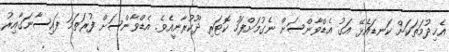
އެޚިދުމަތަކަށް ކަނޑައެޅޭ އަގު އެޑްވާންސަށް ނެގުމަށްފަހު ކޮޓަރި ދޫކުރާނީއެވެ. އެޑްވާންސަށް ފުރަތަމަ ފައިސާނަގާއިރު